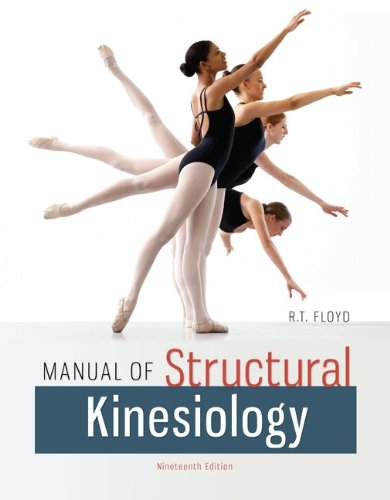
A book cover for Manual of Structural Kinesiology; R .T. Floyd; Medical Books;